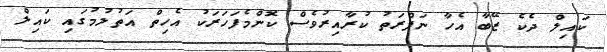
ކައިލް ދެކެ ޒޭބާ އެހާ ނަފްރަތު ކުރާއިރުވެސް ކޮންމެފަހަރަކު އެހިތް އަތުލުމުގައި ކައިލް